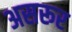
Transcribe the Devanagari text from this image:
असरूर